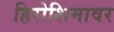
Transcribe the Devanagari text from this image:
हिरोशिमावर